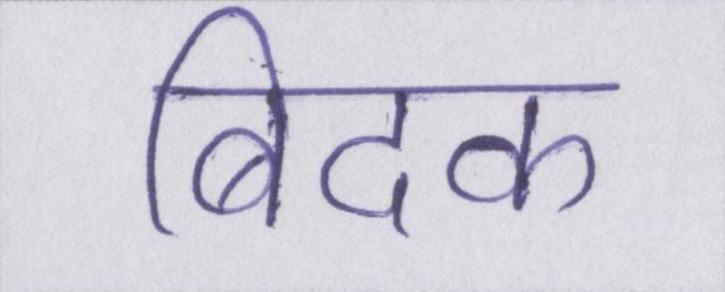
बिदक